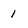
Character: 1